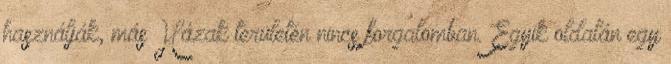
használják, más Házak területén nincs forgalomban. Egyik oldalán egy